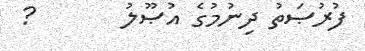
ފުރުޞަތު ދިނުމުގެ އުޞޫލު       ?